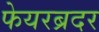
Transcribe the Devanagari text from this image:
फेयरब्रदर